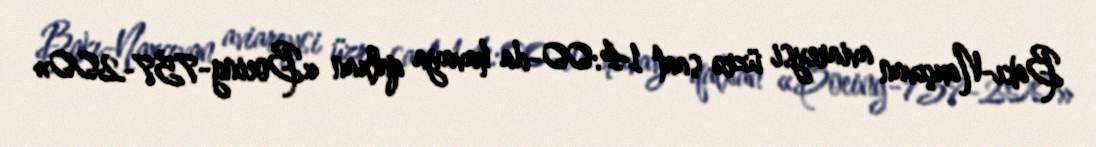
Bakı-Naxçıvan aviareysi üzrə saat 14:00-da havaya qalxan «Boeing-757-200»